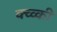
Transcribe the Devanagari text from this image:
क्व्व्की